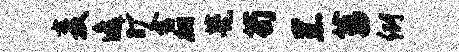
麦逸旷舍翩甍苟黑菖例